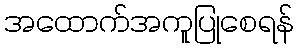
အထောက်အကူပြုစေရန်